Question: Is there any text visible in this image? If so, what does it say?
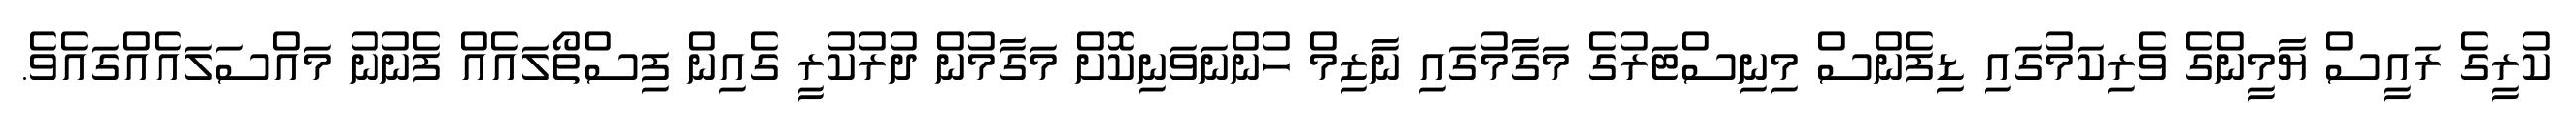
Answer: ކުރީގެ ރައީސް ޔާމީންގެ ވެރިކަމުގައި ޑިފެންސް މިނިސްޓަރުގެ މަގާމުގައި ނާޒިމް ހުންނަވަނިކޮށް މަގާމުން ދުރުކުރީ ގެއިން ފިސްތޯލައެއް ފެނުނު މައްސަލައެއްގައެވެ.